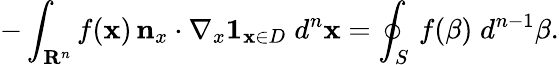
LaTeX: -\int_{\mathbf{R}^{n}}f(\mathbf{x})\, \mathbf{n}_{x}\cdot\nabla_{x}\mathbf{1}_{\mathbf{x}\in D}\; d^{n}\mathbf{x}=\oint_{S}\, f(\mathbf{\beta})\; d^{n-1}\mathbf{\beta}.